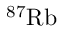
^ { 8 7 } \mathrm { R b }